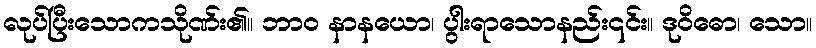
လုပ်ပြီးသောကသိုဏ်း၏။ ဘာဝ နာနယော၊ ပွါးရာသောနည်း၎င်း။ ဒုဝိဓော၊ သော။